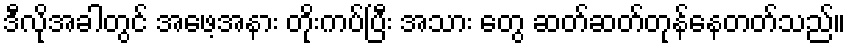
ဒီလိုအခါတွင် အဖေ့အနား တိုးကပ်ပြီး အသား တွေ ဆတ်ဆတ်တုန်နေတတ်သည်။